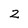
Character: 2